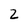
Character: Z